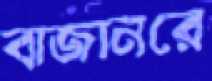
বাজানরে